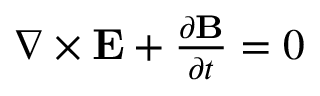
\begin{array} { r } { \nabla \times \mathbf { E } + { \frac { \partial \mathbf { B } } { \partial t } } = 0 } \end{array}